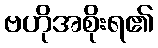
ဗဟိုအစိုးရ၏